Lunatic asylums Punjab 1895-1910 - 1895-1910
Year: 1895
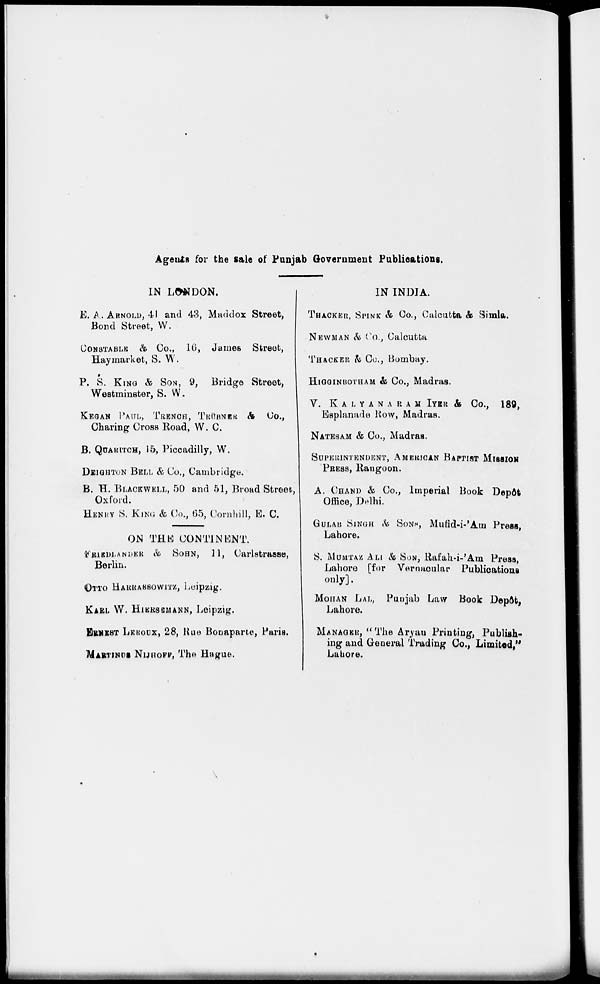
Agents for the sale of Punjab Government Publications,
IN LONDON.
E. A. ARNOLD, 41 and 43, Maddox Street,
Bond Street, W.
CONSTABLES & Co., 16, James Street,
Haymarket, S. W.
P. S. KING & SON, 9, Bridge Street,
Westminster, S. W.
KEGAN PAUL, TRENCH, TRÜBNER & Co.,
Charing Cross Road, W. C.
B. QUARITCH, 15, Piccadilly, W.
DEIGHTON BELL & Co., Cambridge.
B. H. BLACKWELL, 50 and 51, Broad Street,
Oxford.
HENRY S. KING & Co., 65, Cornhill, E. C.
ON THE CONTINENT.
FRIEDLANDER & SOHN, 11, Carlstrasse,
Berlin.
OTTO HARRASSOWITZ, Leipzig.
KARL W. HIERSEMANN, Leipzig.
ERNEST LEROUX, 28, Rue Bonaparte, Paris.
MARTINUS NIJHOFF, The Hague.
IN INDIA.
THACKER, SPINK & Co., Calcutta & Simla.
NEWMAN & Co., Calcutta.
THACKER & Co., Bombay.
HIGGINBOTHAM & Co., Madras.
V. KALYANARAM IYER & Co., 189,
Esplanade Row, Madras.
NATESAM & Co., Madras.
SUPERINTENDENT, AMERICAN BAPTIST MISSION
PRESS, Rangoon.
A. CHAND & Co., Imperial Book Depôt
Office, Delhi.
GULAB SINGH & SONH, Mufid-i-'Am Press,
Lahore.
S. MUMTAZ ALI & SON, Rafah-i-'Am Press,
Lahore [for Vernacular Publications
only].
MOHAN LAL, Punjab Law Book Depôt,
Lahore.
MANAGER, "The Aryan Printing, Publish-
ing and General Trading Co., Limited,"
Lahore.